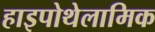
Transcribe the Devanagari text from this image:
हाइपोथेलामिक